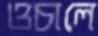
ওচালে